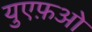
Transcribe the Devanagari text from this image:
युएफ़ओ